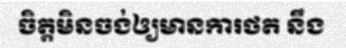
ចិត្តមិនចង់ឲ្យមានការថត នឹង